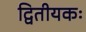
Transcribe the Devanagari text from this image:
द्वितीयकः